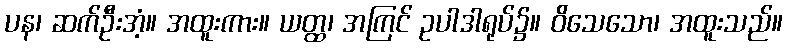
ပန၊ ဆက်ဦးအံ့။ အထူးကား။ ယတ္ထ၊ အကြင် ဥပါဒါရုပ်၌။ ဝိသေသော၊ အထူးသည်။